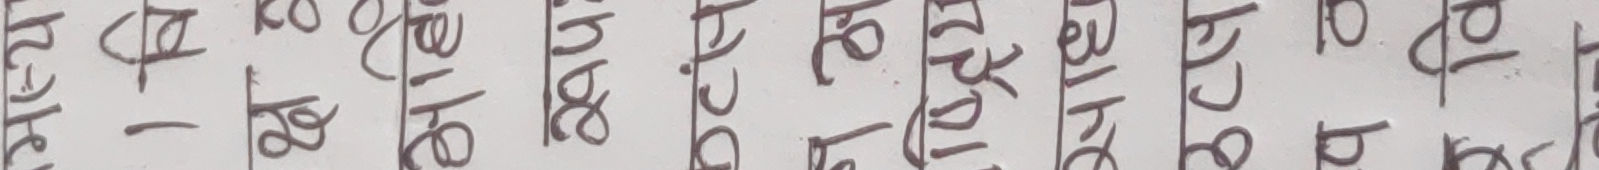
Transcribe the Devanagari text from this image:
मस्य
1 वि
क्ष ह
अहि
रूपः
Dcy
ਜ ਰਸ
ष्ट्रिय
साध
उत्प
प व
वि